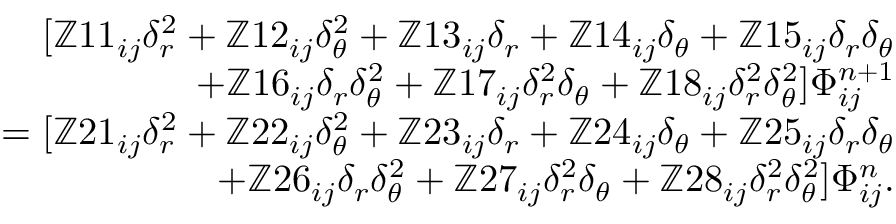
\begin{array} { r } { [ \mathbb { Z } 1 1 _ { i j } \delta _ { r } ^ { 2 } + \mathbb { Z } 1 2 _ { i j } \delta _ { \theta } ^ { 2 } + \mathbb { Z } 1 3 _ { i j } \delta _ { r } + \mathbb { Z } 1 4 _ { i j } \delta _ { \theta } + \mathbb { Z } 1 5 _ { i j } \delta _ { r } \delta _ { \theta } } \\ { + \mathbb { Z } 1 6 _ { i j } \delta _ { r } \delta _ { \theta } ^ { 2 } + \mathbb { Z } 1 7 _ { i j } \delta _ { r } ^ { 2 } \delta _ { \theta } + \mathbb { Z } 1 8 _ { i j } \delta _ { r } ^ { 2 } \delta _ { \theta } ^ { 2 } ] \Phi _ { i j } ^ { n + 1 } } \\ { = [ \mathbb { Z } 2 1 _ { i j } \delta _ { r } ^ { 2 } + \mathbb { Z } 2 2 _ { i j } \delta _ { \theta } ^ { 2 } + \mathbb { Z } 2 3 _ { i j } \delta _ { r } + \mathbb { Z } 2 4 _ { i j } \delta _ { \theta } + \mathbb { Z } 2 5 _ { i j } \delta _ { r } \delta _ { \theta } } \\ { + \mathbb { Z } 2 6 _ { i j } \delta _ { r } \delta _ { \theta } ^ { 2 } + \mathbb { Z } 2 7 _ { i j } \delta _ { r } ^ { 2 } \delta _ { \theta } + \mathbb { Z } 2 8 _ { i j } \delta _ { r } ^ { 2 } \delta _ { \theta } ^ { 2 } ] \Phi _ { i j } ^ { n } . } \end{array}